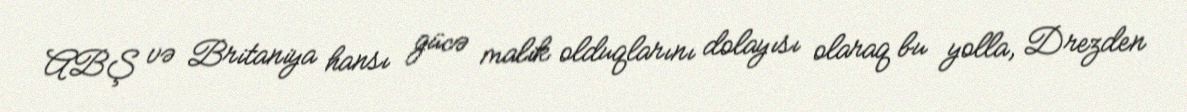
ABŞ və Britaniya hansı gücə malik olduqlarını dolayısı olaraq bu yolla, Drezden